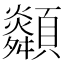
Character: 𩕶